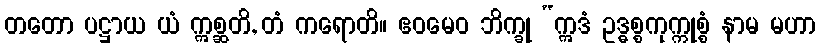
တတော ပဋ္ဌာယ ယံ ဣစ္ဆတိ, တံ ကရောတိ။ ဧဝမေဝ ဘိက္ခု “ဣဒံ ဥဒ္ဓစ္စကုက္ကုစ္စံ နာမ မဟာ